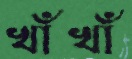
খাঁখাঁ